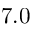
7 . 0